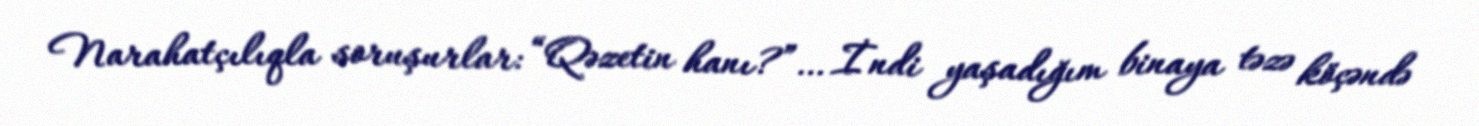
Narahatçılıqla soruşurlar: “Qəzetin hanı?”… İndi yaşadığım binaya təzə köçəndə